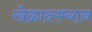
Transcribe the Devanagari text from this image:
खेळादरम्यान